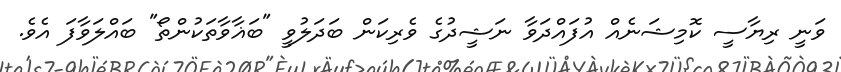
ވަނީ ރިޔާސީ ކޮމިޝަނެއް އުފައްދަވާ ނަޝީދުގެ ވެރިކަން ބަދަލުވީ "ބަޣާވާތަކުންތޯ" ބައްލަވާފަ އެވެ.